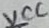
Text: VCC